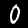
Digit: 0